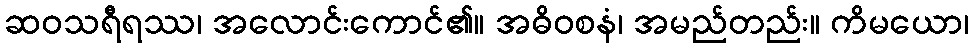
ဆဝသရီရဿ၊ အလောင်းကောင်၏။ အဓိဝစနံ၊ အမည်တည်း။ ကိမယော၊